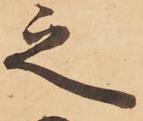
之